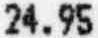
24.95